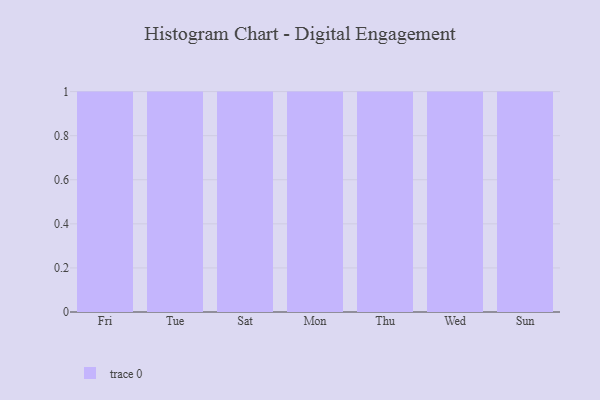
{"axis": {"x": "Day", "y": "Satisfaction Score"}, "legend": [""], "data": [{"x": "Fri", "y": 35, "type": ""}, {"x": "Tue", "y": 34, "type": ""}, {"x": "Sat", "y": 8, "type": ""}, {"x": "Mon", "y": 64, "type": ""}, {"x": "Thu", "y": 58, "type": ""}, {"x": "Wed", "y": 15, "type": ""}, {"x": "Sun", "y": 5, "type": ""}]}